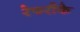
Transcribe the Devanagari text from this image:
रेफरीके